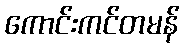
ကောင်းကင်တမန်